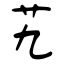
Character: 艽